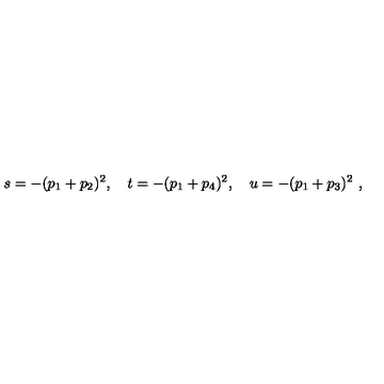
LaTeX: s = - ( p _ { 1 } + p _ { 2 } ) ^ { 2 } , \quad t = - ( p _ { 1 } + p _ { 4 } ) ^ { 2 } , \quad u = - ( p _ { 1 } + p _ { 3 } ) ^ { 2 } \ ,